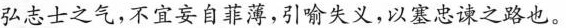
弘志士之气，不宜妄自菲薄，引喻失义，以塞忠谏之路也。